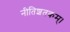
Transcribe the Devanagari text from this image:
नीतिशतकम्।